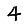
Digit: 4